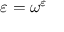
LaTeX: \varepsilon = \omega ^ { \varepsilon }